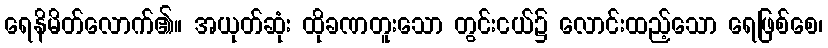
ရေနိမိတ်လောက်၏။ အယုတ်ဆုံး ထိုခဏတူးသော တွင်းငယ်၌ လောင်းထည့်သော ရေဖြစ်စေ၊